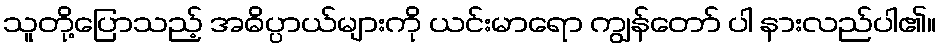
သူတို့ပြောသည့် အဓိပ္ပာယ်များကို ယင်းမာရော ကျွန်တော် ပါ နားလည်ပါ၏။